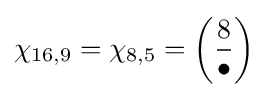
\chi _{16,9}=\chi _{8,5}=\left({\frac {8}{\bullet }}\right)